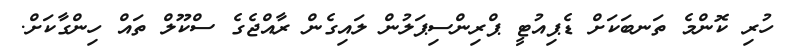
ހުރި ކޮންމެ ތަނބަކަށް ޑެޕިއުޓީ ޕްރިންސިޕަލުން ލައިގެން ރާއްޖެގެ ސްކޫލް ތައް ހިންގާކަށް.